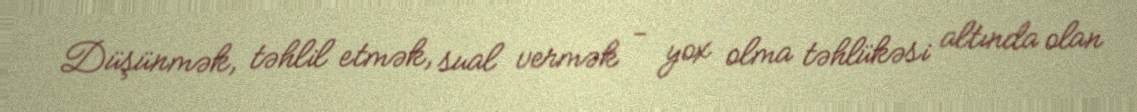
Düşünmək, təhlil etmək, sual vermək - yox olma təhlükəsi altında olan